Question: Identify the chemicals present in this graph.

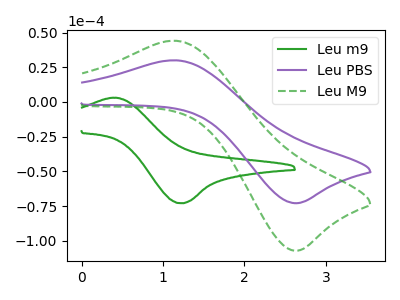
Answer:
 <answer>The green curve is labeled "Leu m9". The purple curve is labeled "Leu PBS". The green dashed curve is labeled "Leu M9".</answer>
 <eval></eval>